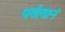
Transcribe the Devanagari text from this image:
पर्यायानं